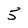
Character: 5